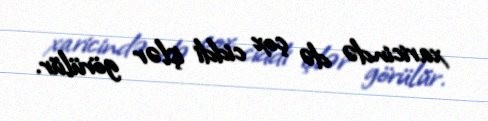
xaricində də çox ciddi işlər görülür.